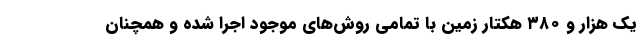
یک هزار و ۳۸۰ هکتار زمین با تمامی روش‌های موجود اجرا شده و همچنان